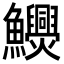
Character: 𩽬